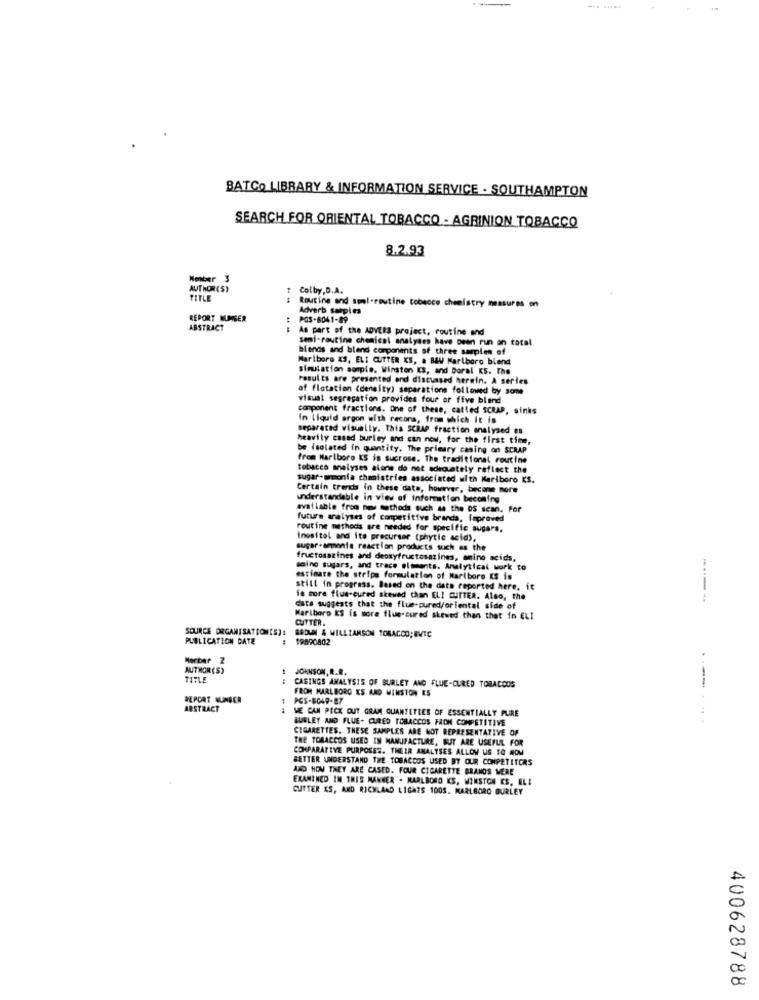
BATCO LIBRARY & INFORMATION SERVICE . SOUTHAMPTON
SEARCH FOR ORIENTAL TOBACCO - AGRINION TOBACCO
8.2.93
Meber 3
Colby,D.A.
TITLE
Adverb samples
Routine and soml-routine tobacco chemistry measures on
REPORT MUMGER
: POS-8041-89
ABSTRACT
As part of the ADVERS project, routine and
semi-routine chemical analyses have been run an total
blends and blend components of three samples of
Marlboro KS, ELI CUTTER KS, a B&W Marlboro blend
Simulation sample. Winston IS, and Doral KS. The
results are presented and discussed herein. A series
of flotation (density) separations followed by some
visual segregation provides four or five blend
component fractions. One of these, called SCRAP, sinks
In Liquid argon with recors, from which it is
separated visually. This SCRAP fraction analysed en
heavily casad burley and can now, for the first time,
be isolated in quantity. The primary casing on SCRAP
from Marlboro KS is sucrose. The traditional routine
tobacco analyses alone do not adequately reflect the
sugar-armonia chemistries associated with Mariboro KS.
Certain trends In these date, however, become more
understandable in view of information becoming
available from nes methods such as the OS scan. For
future analyses of competitive brands, faproved
routine methods are needed for specific sugars,
inositol and its precursor (phytic acid),
sugar.ammonia reaction products such as the
fructosazines and deoxyfructosazines, amino acids,
maine sugars, and trace elments. Analytical work to
estimate the strips formulation of Marlboro KS is
still in progress. Based on the date reported here, it
is more flue-cured skewed than ELI CUTTER. Also, the
----
date suggests that the flue-cured/oriental side of
Marlboro KS is more flue-cured skewed than that in ELI
CUTTER.
SOURCE ORGANISATION(S):
PUBLICATION DATE
SADUN & WILLIAMSON TOBACCO; EVTC
19890802
Mocber Z
AUTHOR (S)
JOHNSON, R.R.
TITLE
:
CASINGS ANALYSIS OF BURLEY AND FLUE-CURED TOBACCOS
FROM MARLBORO IS AND WINSTON ES
---
REPORT NUMBER
PGS-8049-87
ABSTRACT
--
WE CAN PICK OUT GRAM QUANTITIES OF ESSENTIALLY PURE
BURLEY AND FLUE- CURED TOBACCOS FROM COMPETITIVE
....
CIGARETTES. THESE SAMPLES ARE NOT REPRESENTATIVE OF
THE TOBACCOS USED IN MANUFACTURE, BUT ARE USEFUL FOR
COMPARATIVE PURPOSES. THEIR ANALYSES ALLOW US TO ROM
BETTER UNDERSTAND THE TOBACCOS USED BY OUR COMPETITORS
AND HOW THEY ARE CASED. FOUR CIGARETTE BRAMOS WERE
EXAMINED IN THIS MANNER . MARLBORO KS, WINSTON ES, ELI
CUTTER XS, AND RICHLAND LIGAZS 100S. MARLBORO BURLEY
400628788